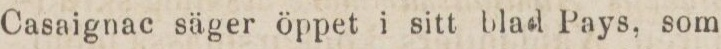
Casaignac säger öppet i sitt blad Pays, som